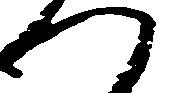
つ